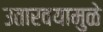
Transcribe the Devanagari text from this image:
उतारवयामुळे